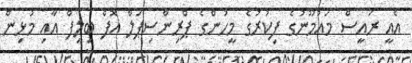
އެއީ ރައީސް މައުމޫނުގެ ފިކުރުގެ މީހުންގެ ޕްރިންސިޕަލް އޮފް ބިލީފް އާއި މުޅިން